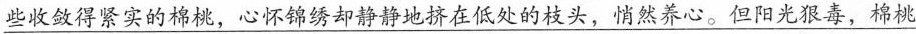
\underline{些收敛得紧实的棉桃，心怀锦绣却静静地挤在低处的枝头，悄然养心。但阳光狠毒，棉桃}